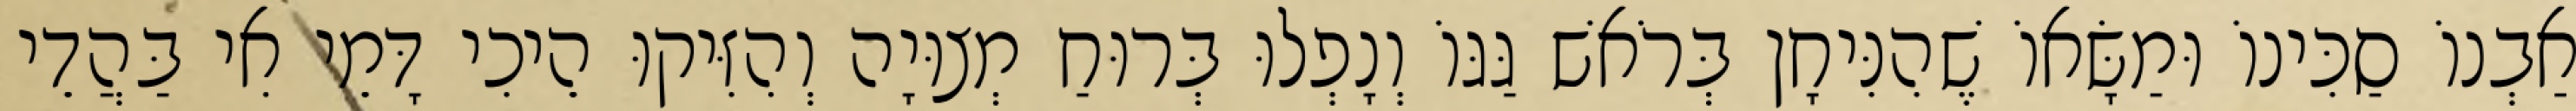
אַבְנוֹ סַכִּינוֹ וּמַשָּׂאוֹ שֶׁהִנִּיחָן בְּרֹאשׁ גַּגּוֹ וְנָפְלוּ בְּרוּחַ מְצוּיָה וְהִזִּיקוּ הֵיכִי דָּמֵי אִי בַּהֲדֵי